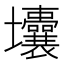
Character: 㚂